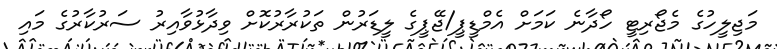
މަޖިލީހުގެ މެޖޯރިޓީ ހޯދާނެ ކަމަށް އެމްޑީޕީ/ޖޭޕީގެ ލީޑަރުން ތަކުރާރުކޮށް ވިދާޅުވާއިރު ސަރުކާރުގެ މައި